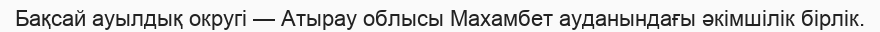
Бақсай ауылдық округі — Атырау облысы Махамбет ауданындағы әкімшілік бірлік.